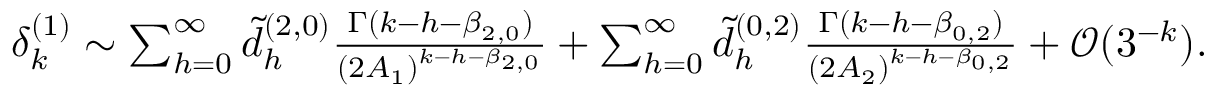
\begin{array} { r } { \delta _ { k } ^ { ( 1 ) } \sim \sum _ { h = 0 } ^ { \infty } \tilde { d } _ { h } ^ { ( 2 , 0 ) } \frac { \Gamma ( k - h - \beta _ { 2 , 0 } ) } { ( 2 A _ { 1 } ) ^ { k - h - \beta _ { 2 , 0 } } } + \sum _ { h = 0 } ^ { \infty } \tilde { d } _ { h } ^ { ( 0 , 2 ) } \frac { \Gamma ( k - h - \beta _ { 0 , 2 } ) } { ( 2 A _ { 2 } ) ^ { k - h - \beta _ { 0 , 2 } } } + { \mathcal O } ( 3 ^ { - k } ) . } \end{array}